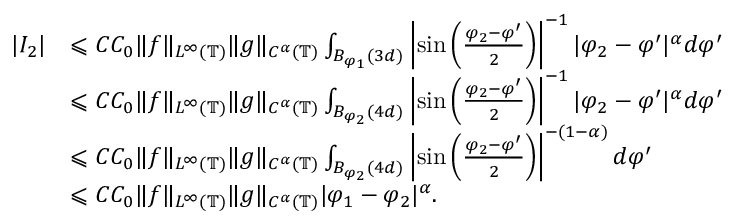
\begin{array} { r l } { | I _ { 2 } | } & { \leqslant C C _ { 0 } \| f \| _ { L ^ { \infty } ( \mathbb { T } ) } \| g \| _ { C ^ { \alpha } ( \mathbb { T } ) } \int _ { B _ { \varphi _ { 1 } } ( 3 d ) } \left| \sin \left( \frac { \varphi _ { 2 } - \varphi ^ { \prime } } { 2 } \right) \right| ^ { - 1 } | \varphi _ { 2 } - \varphi ^ { \prime } | ^ { \alpha } d \varphi ^ { \prime } } \\ & { \leqslant C C _ { 0 } \| f \| _ { L ^ { \infty } ( \mathbb { T } ) } \| g \| _ { C ^ { \alpha } ( \mathbb { T } ) } \int _ { B _ { \varphi _ { 2 } } ( 4 d ) } \left| \sin \left( \frac { \varphi _ { 2 } - \varphi ^ { \prime } } { 2 } \right) \right| ^ { - 1 } | \varphi _ { 2 } - \varphi ^ { \prime } | ^ { \alpha } d \varphi ^ { \prime } } \\ & { \leqslant C C _ { 0 } \| f \| _ { L ^ { \infty } ( \mathbb { T } ) } \| g \| _ { C ^ { \alpha } ( \mathbb { T } ) } \int _ { B _ { \varphi _ { 2 } } ( 4 d ) } \left| \sin \left( \frac { \varphi _ { 2 } - \varphi ^ { \prime } } { 2 } \right) \right| ^ { - ( 1 - \alpha ) } d \varphi ^ { \prime } } \\ & { \leqslant C C _ { 0 } \| f \| _ { L ^ { \infty } ( \mathbb { T } ) } \| g \| _ { C ^ { \alpha } ( \mathbb { T } ) } | \varphi _ { 1 } - \varphi _ { 2 } | ^ { \alpha } . } \end{array}